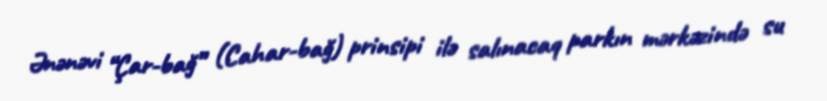
Ənənəvi “Çar-bağ” (Cahar-bağ) prinsipi ilə salınacaq parkın mərkəzində su